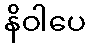
နိဝါပေ